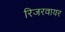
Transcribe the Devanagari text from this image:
रिजरवायर